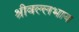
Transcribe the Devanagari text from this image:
श्रीवल्लभाय